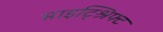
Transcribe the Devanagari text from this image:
साइट्श्रिफ्ट